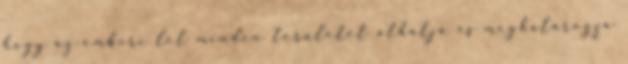
hogy az emberi lét minden területét áthatja és meghatározza